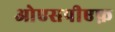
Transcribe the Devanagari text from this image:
ओएसपीएफ़